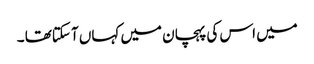
میں اس کی پہچان میں کہاں آ سکتاتھا ۔